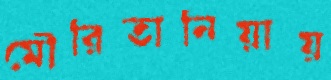
মৌরিতানিয়ায়